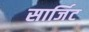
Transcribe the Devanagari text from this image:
सार्जिट